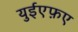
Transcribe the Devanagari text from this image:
युईएफ़ए